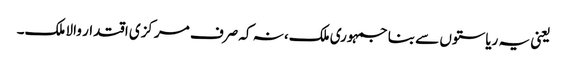
یعنی یہ ریاستوں سے بنا جمہوری‎ ملک، نہ کہ صرف مرکزی اقتدار والا ملک۔